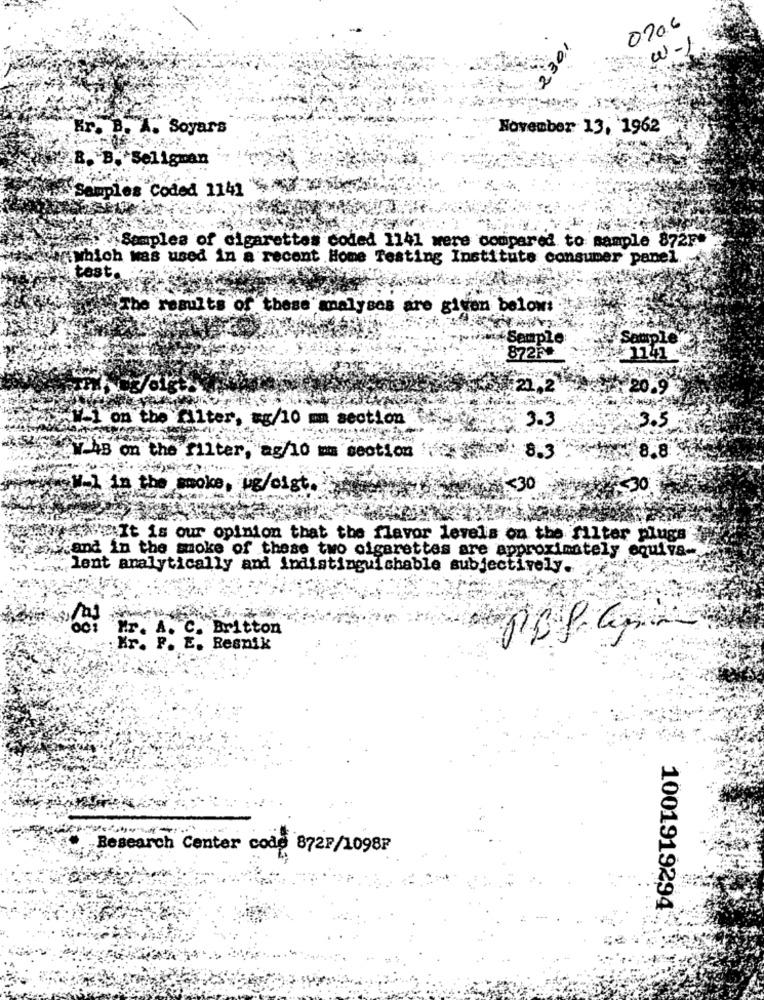
0206
230,1
w-
Er. B. A. Soyars
November 13, 1962
B. B. Seligman
Samples Coded 1141
Samples of cigarettes coded 1141 were compared to sample 872F"
which was used in a recent Home Testing Institute consumer panel
test.
The results of these mnalyses are given below:
*Semple
Sample
8725
:21,2
20.9
on the filter, mg/10 mm section
3.3
3.5
8.8
"W-4B on the filter, ag/10 mis seotion
8.3
1 in the moke, ug/cist.
£30
It is our opinion that the flavor levels on the filter plugs
Cand in the smoke of these two cigarettes are approximately equiva-
lent analytically and indistinguichable subjectively.
: P . E. Besnik
Research Center code 872F/1098F
1001919294